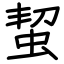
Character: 蛪